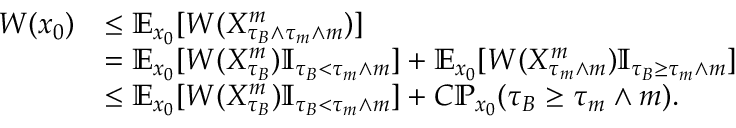
\begin{array} { r l } { W ( x _ { 0 } ) } & { \le \mathbb E _ { x _ { 0 } } [ W ( X _ { \tau _ { B } \wedge \tau _ { m } \wedge m } ^ { m } ) ] } \\ & { = \mathbb E _ { x _ { 0 } } [ W ( X _ { \tau _ { B } } ^ { m } ) \mathbb I _ { \tau _ { B } < \tau _ { m } \wedge m } ] + \mathbb E _ { x _ { 0 } } [ W ( X _ { \tau _ { m } \wedge m } ^ { m } ) \mathbb I _ { \tau _ { B } \ge \tau _ { m } \wedge m } ] } \\ & { \le \mathbb E _ { x _ { 0 } } [ W ( X _ { \tau _ { B } } ^ { m } ) \mathbb I _ { \tau _ { B } < \tau _ { m } \wedge m } ] + C \mathbb P _ { x _ { 0 } } ( \tau _ { B } \ge \tau _ { m } \wedge m ) . } \end{array}